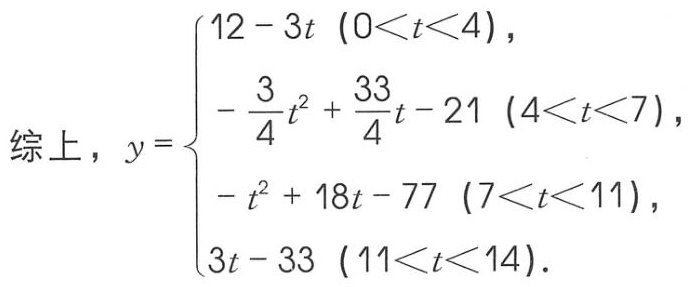
\[
\text{综上，}y=
\begin{cases}
12 - 3t\ (0<t<4)，\\
- \dfrac{3}{4}t^{2} + \dfrac{33}{4}t - 21\ (4<t<7)，\\
- t^{2} + 18t - 77\ (7<t<11)，\\
3t - 33\ (11<t<14)．
\end{cases}
\]